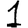
Digit: 1